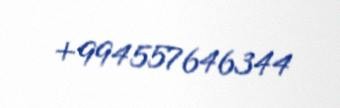
+994557646344